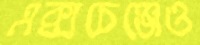
এক্সচেঞ্জেও